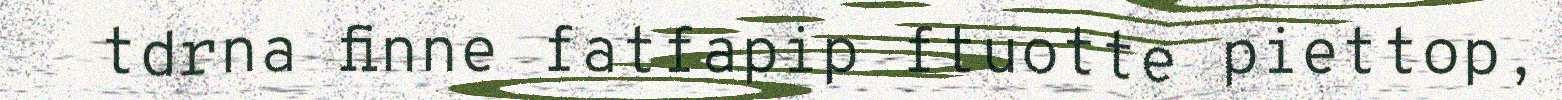
tdrna finne fatfapip ftuotte piettop,